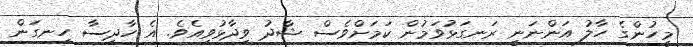
މީހުންގެ ހާލު އަންނަނީ ރަނގަޅުވަމުން ކަމަށްވެސް ޝާދު ވިދާޅުވިއެވެ. އެ ހާދިސާ ހިނގަން